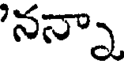
'నన్నా